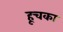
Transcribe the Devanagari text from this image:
हूचका